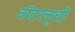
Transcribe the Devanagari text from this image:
वॉटरलुची